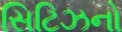
સિટિઝનો